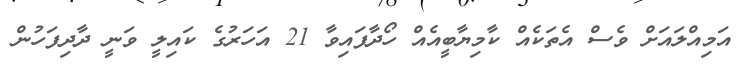
އަމިއްލައަށް ވެސް އެތަކެއް ކާމިޔާބީއެއް ހޯދާފައިވާ 21 އަހަރުގެ ކައިލީ ވަނީ ދާދިފަހުން